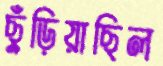
ছুঁড়িয়াছিল